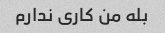
بله من کاری ندارم